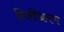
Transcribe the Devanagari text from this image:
गिरीभ्रमण